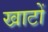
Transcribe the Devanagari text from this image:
खाटों